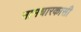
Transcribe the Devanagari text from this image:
नामधारकासी